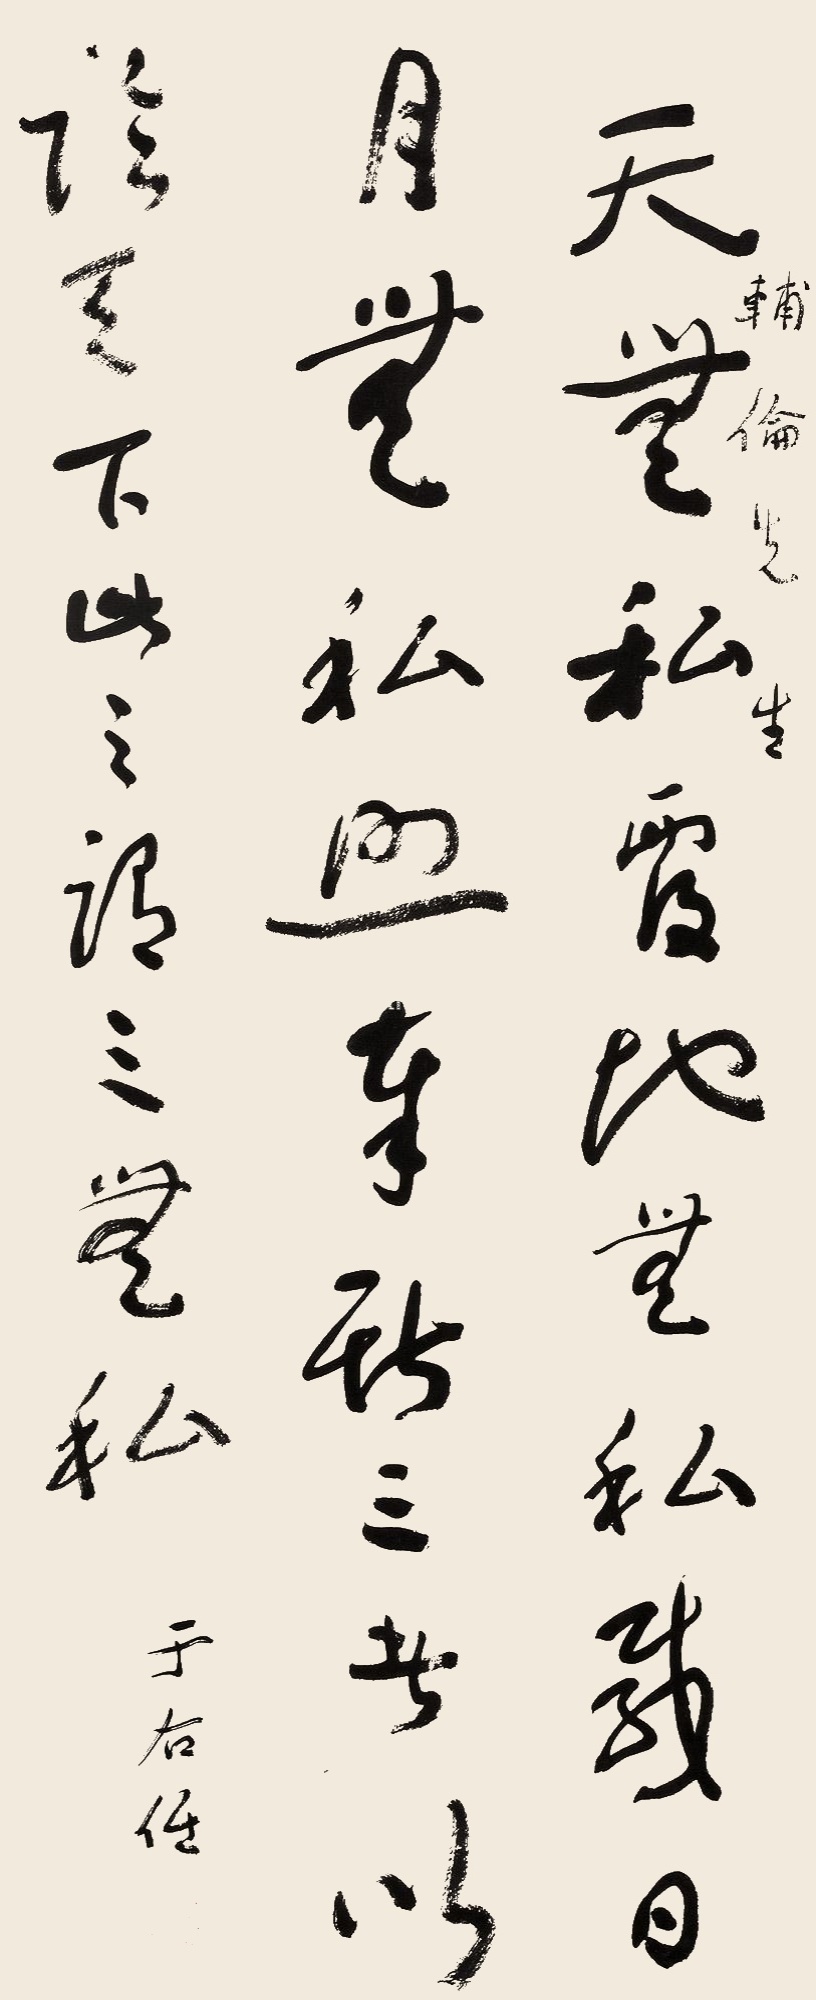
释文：天无私覆，地无私载，日月无私照。奉斯三者以论天下。此之谓“三无私”。辅伦先生，于右任。